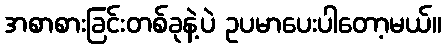
အစာစားခြင်းတစ်ခုနဲ့ပဲ ဥပမာပေးပါတော့မယ်။